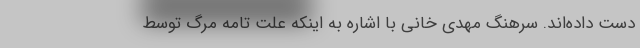
دست داده‌اند. سرهنگ مهدی خانی با اشاره به اینکه علت تامه مرگ توسط